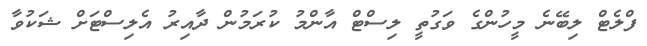
ފްލެޓް ލިބޭނެ މީހުންގެ ވަގުތީ ލިސްޓް އާންމު ކުރަމުން ދާއިރު އެލިސްޓަށް ޝަކުވާ